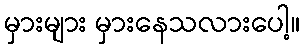
မှားများ မှားနေသလားပေါ့။